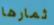
ثمارها